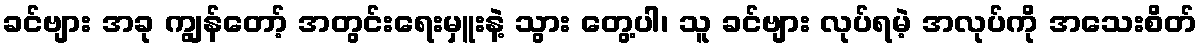
ခင်ဗျား အခု ကျွန်တော့် အတွင်းရေးမှူးနဲ့ သွား တွေ့ပါ၊ သူ ခင်ဗျား လုပ်ရမဲ့ အလုပ်ကို အသေးစိတ်